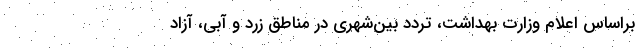
براساس اعلام وزارت بهداشت، تردد بین‌شهری در مناطق زرد و آبی، آزاد